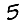
Digit: 5